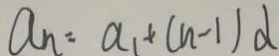
a _ { n } = a _ { 1 } + ( n - 1 ) d